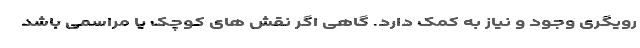
رویگری وجود و نیاز به کمک دارد. گاهی اگر نقش های کوچک یا مراسمی باشد